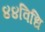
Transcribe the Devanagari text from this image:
४४विधि